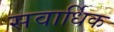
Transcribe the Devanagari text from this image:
सवार्धिक